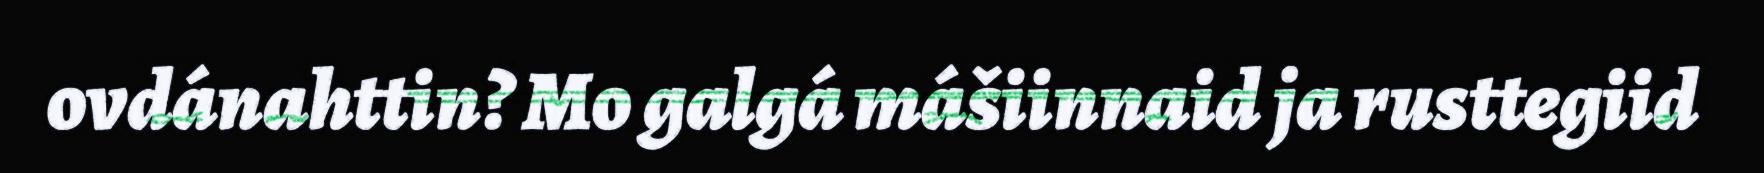
ovdánahttin? Mo galgá mášiinnaid ja rusttegiid